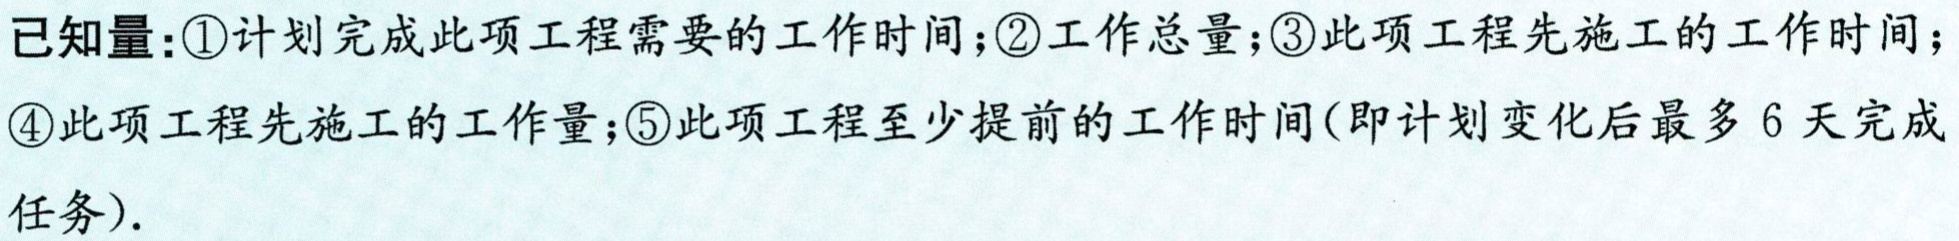
$\frac{10}{10 + 2 + 3}\times1.5=\frac{10}{15}\times1.5 = 1(\text{千克});$